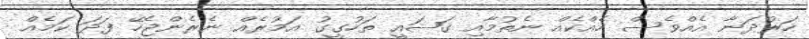
ހަރުދަނާ އެއްވެސް ހެއްކެއް ނެތުމާއި ގަޟައީ ތަހުގީގު އަމުރެއް ނެރެންޖެހޭ ފަދަ ކަމެއް